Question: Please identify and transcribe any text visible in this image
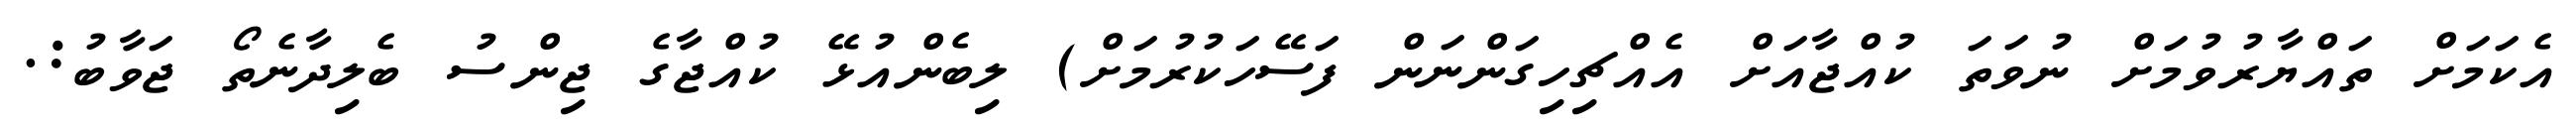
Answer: އެކަމަށް ތައްޔާރުވުމަށް ނުވަތަ ކުއްޖާއަށް އެއްޗިހިގަންނަން ފަސޭހަކުރުމަށް) ލިބެންއުޅޭ ކުއްޖާގެ ޖިންސު ބެލިދާނެތޯ ޖަވާބު:.